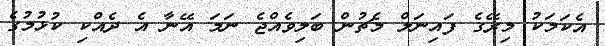
އެކަމަކު މިރޭގެ ފައިނަލް މެޗުން ބަލިވެއްޖެ ނަމަ އޭނާ އެ ދެއްކި ކުޅުމުގެ